Source: Handwritten
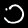
Digit: ၁ (1)